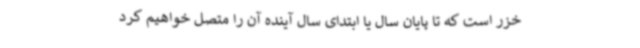
خزر است که تا پایان سال یا ابتدای سال آینده آن را متصل خواهیم کرد